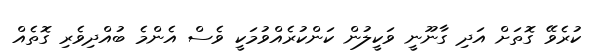
ކުރެވޭ ގޮތަށް އަދި ގާނޫނީ ވަކީލުން ކަންކުރެއްވުމަކީ ވެސް އެންމެ ބުއްދިވެރި ގޮތެއް